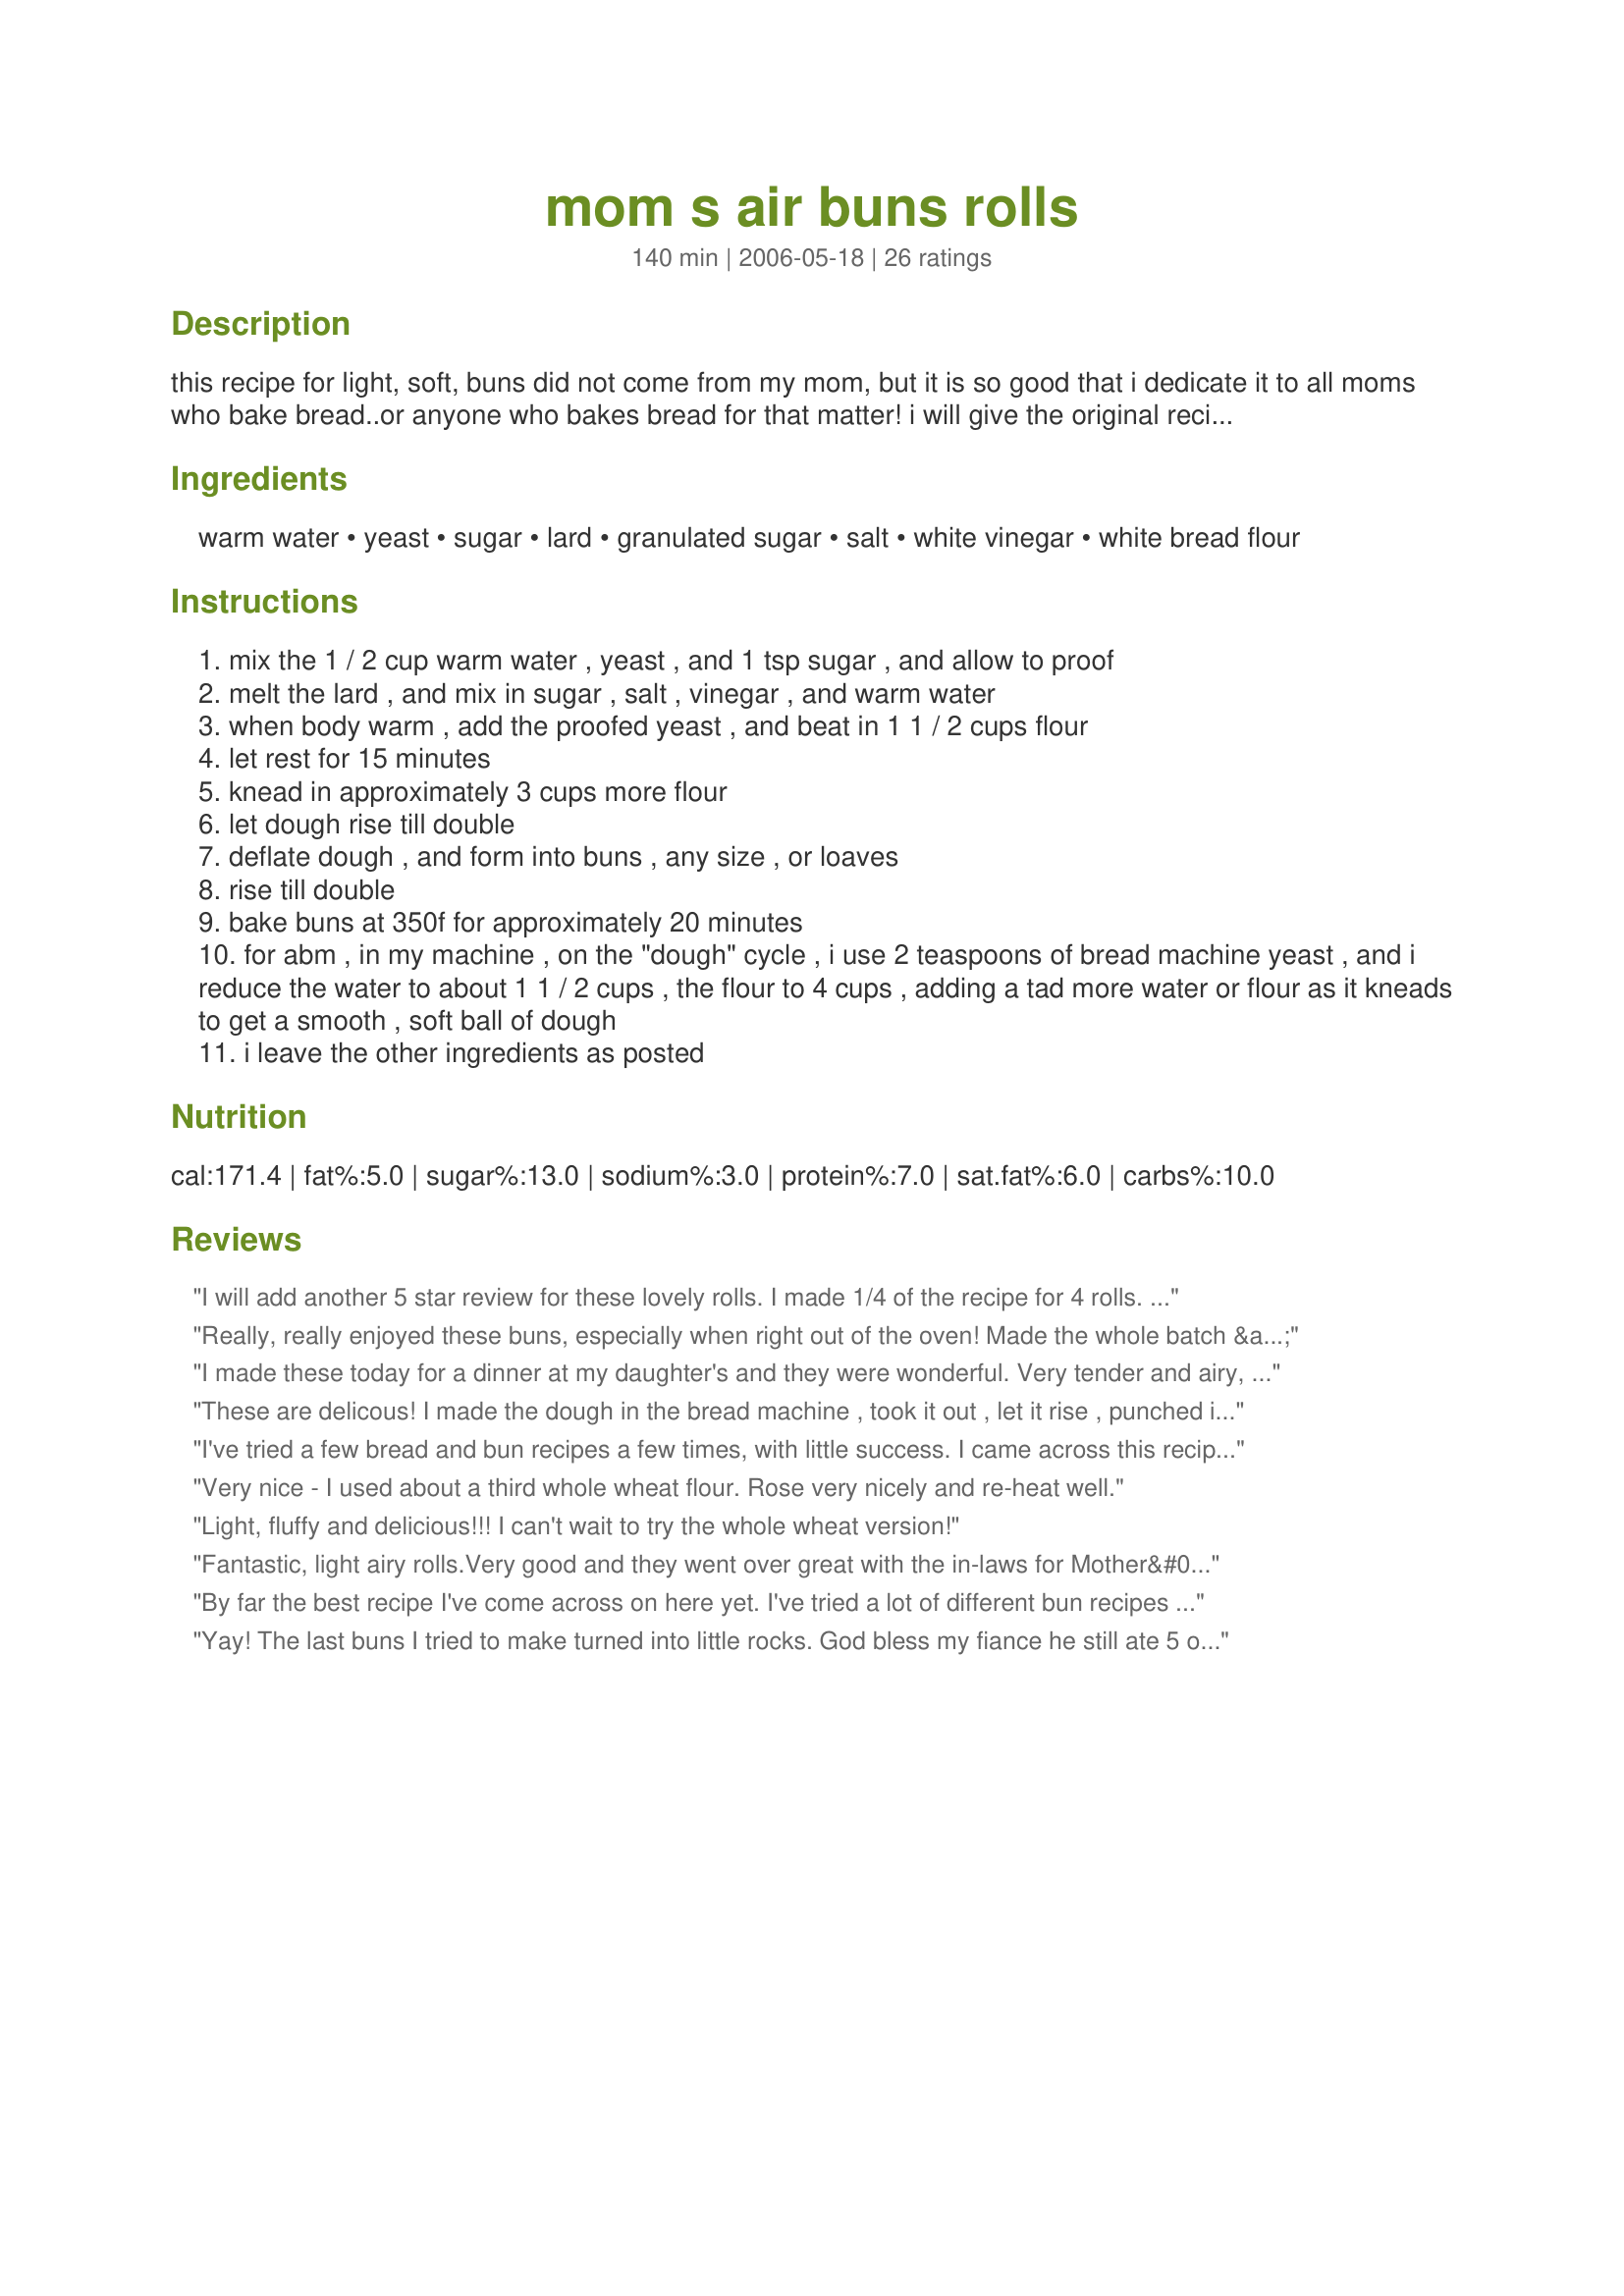
mom s air buns rolls
Preparation time: 140 minutes

this recipe for light, soft, buns did not come from my mom, but it is so good that i dedicate it to all moms who bake bread..or anyone who bakes bread for that matter! i will give the original recipe, but i admit that i now use the abm to knead the dough, and will give instructions for this variation at the end. preparation time is the length of time for the "dough" cycle on my bread machine. for anyone wishing to make 100% whole wheat buns,(a variation of this recipe, and equally delicious imho), i have submitted it as recipe #168802 with minor alterations.

more tweaking...i now like mom's 100% whole grain air buns, recipe #186744 even better for a healthier version.

Ingredients:
warm water, yeast, sugar, lard, granulated sugar, salt, white vinegar, white bread flour

Steps:
mix the 1 / 2 cup warm water , yeast , and 1 tsp sugar , and allow to proof
melt the lard , and mix in sugar , salt , vinegar , and warm water
when body warm , add the proofed yeast , and beat in 1 1 / 2 cups flour
let rest for 15 minutes
knead in approximately 3 cups more flour
let dough rise till double
deflate dough , and form into buns , any size , or loaves
rise till double
bake buns at 350f for approximately 20 minutes
for abm , in my machine , on the "dough" cycle , i use 2 teaspoons of bread machine yeast , and i reduce the water to about 1 1 / 2 cups , the flour to 4 cups , adding a tad more water or flour as it kneads to get a smooth , soft ball of dough
i leave the other ingredients as posted

Reviews:
I will add another 5 star review for these lovely rolls. I made 1/4 of the recipe for 4 rolls. Which turned out perfectly. I let them rise for the first 2 hours, which they needed that amount of time to rise and then shaped into balls and let rise for another hour. Produced 4 light and airy rolls. Thanks for sharing the recipe. Made for PRMR Tag Game.
Really, really enjoyed these buns, especially when right out of the oven! Made the whole batch & shared about 1/3 of 'em with a neighbor couple, & now I've been asked to make 'em again this next week! A great recipe! Thanks for sharing it! [Tagged & made in Please Review My Recipe]
I made these today for a dinner at my daughter's and they were wonderful. Very tender and airy, just as the name implies. I made them with my KitchenAid mixer, which turned it into no work at all. This will definitely be my go to dinner roll recipe from now on. I got 16 HUGE dinner rolls from this amount and may make them smaller from now on. I brushed with an egg glaze before baking and the 20 minute bake time was perfect. Thanks for such a lovely recipe, Sweet Baboo!
These are delicous!
I made the dough in the bread machine , took it out , let it rise , punched it down , formed my rolls (i need practice at THAT lol) let them rise and baked ... they are soooo soft and light ... very very good recipe!! I'm thinking these will be "THE" roll recipe I use from now on!
Thanks so much for posting!!
I've tried a few bread and bun recipes a few times, with little success. I came across this recipie; read the reviews and they were all so positive, i thought i would try it. They turned out absolutely perfect! I followed the recipie to a T except for baking for 25 minutes. My mom used to make awsome buns and bread and this is very close to her's. I will definetly make these over and over and strongly recommend this recipie.
Very nice - I used about a third whole wheat flour. Rose very nicely and re-heat well.
Light, fluffy and delicious!!! I can't wait to try the whole wheat version!
Fantastic, light airy rolls.Very good and they went over great with the in-laws for Mother&#039;s Day lunch! Turned to this recipe b/c trying to find one that didn&#039;t have an egg since I was out. These were great and I will make again. I did use 1/2 white whole wheat flour and use the bread maker to make the dough.
By far the best recipe I've come across on here yet. I've tried a lot of different bun recipes from many websites, and cook books, but.. bar none, these are the best. Light and fluffy and oh such beautiful aroma as they rise and puff up while baking. I will be doing these rolls for Christmas dinner. They are scrumptious, easy in a bread machine. They work out, they are not heavy hockey pucks like many buns are. I feel like Julia Child or Martha Stewart tonight after baking these lovely buns. You must try this recipe, you'll be sold on this one for sure.
Yay! The last buns I tried to make turned into little rocks. God bless my fiance he still ate 5 of them and swore they were delicious. This time he won't have to pretend. These buns turned out amazing. I like to let my yeast get super fluffy before I pour it into the mix. I don't even think I ended up using all the three cups of flour and once the dough seemed mixed enough I just rolled it into a ball and let it rise in a lightly greased bowl for almost 3 hours ( because I forgot took a nap) And made sure to cover it with a damp tea towel while it was rising. I got nervous about how sticky the dough was when I tried to make my buns but I greased my fingers a bit and roll 8 largish rolls. I let them rise in the pan for about and 1 hour and twenty minutes and threw then in the oven with my fingers crossed. 20 minutes later. *DING!* Delicious, Light fluffy, Amazing buns. Perfect for the pulled pork were having for dinner and darn tasty.
Great recipe, nice light fluffy buns.
I first proofed the yeast, then I poured the wet ingredients along with the yeast in the stand mixer bowl with 1 cup flour and added the rest of the flour gradually. I let it go for about 7 minutes using the dough hook, then followed the directions starting at number 4. 
Very happy with the end results.
I have baked buns for many years and tried many recipes and I think this is the best recipe I have ever tried!! Made my first batch yesterday and have another one rising right now. I will definitely be making them again and will double the recipe for a bigger batch:)
Made this today. This is a really airy and soft buns, I have to admit. But despite of that, why my dough was sooo gooey, so sticky. I even cannot knead it or shape it. I add 0.5c more but I will not adding more and more fluor as it will make the buns heavier. Maybe next time I will reduce water to 1c only. And I use lemon juice instead of vinegar. In my opinion, vinegar was too strong, so I can taste it in the buns. But still, I can taste really slight tang, by using the lemon. Overall, nice idea to use vinegar as a booster.
I used this recipe to make hamburger buns when the stores were closed around here, and the kids really wanted sloppy joes. The recipe was really easy to make, and they rose beautifully! Not sure I'd use them again for hamburger buns (they're a wee bit sweet for that), but I'd definitely make them again for dinner rolls... or cut back the sugar slightly if making hamburger buns. Thanks, Sweet Baboo, for another great Air Bread/Bun recipe!
I made the dough in my machine,which unfortunately is getting a bit hit and miss on a dough setting.My dough was exceedingly sticky (all the machines fault!!),and despite adding a fair amount of flour,I still found it quite difficult to work with.Consequently,I ended up just throwing lumps of dough onto baking trays,allowed it to rise for a while,then baked it off.
The results were lovely though...a soft,airy,slightly sweet roll that smelt just delicious.
Next time,I'll just make them by hand (either that or buy a new machine!!).
It just goes to show though,that even though it's not going as it's supposed to,the results can still be great!!
Thanks Sweet Baboo,for a lovely recipe,that I'll be doing again!!
I have FINALLY found my "keeper" bread recipe. These are to die for! Soft and light! Ditto Lynn53!
These are wonderful dinner rolls! Made as directed but used all whole wheat flour. This required an extra 1/2 cup. They are soft, airy, and flavorful. They have great texture, are simple to make, and they rise really well! Oh, and sooooo yummy too. Thanks for posting. :)
This recipe makes nice buns/rolls. I made small rolls and larger rolls. I put the extras into freezer bags and froze. When I need (want) rolls to go with pasta or soup...I just pop a few into the microwave. Yum.....I think I will also try the Whole Wheat version to see if they are also light and soft....and good.
Wow! This is a great bread recipe! They are so light and fluffy. This is going into my favorites cookbook! Thanks!
I made all the ingredients in my bread machine at dough. But I didn't change the amount of the ingredients cause I didn't read your last step about it. But it was still perfect. I was able to work the dough in 16 buns with just a little flour. I just reduced the sugar to 1/4 cup but a little bit less that 1/4. Thanks Sweet Baboo. Made for Please Review My Recipe
Hello Sweet Baboo;
I made these buns yesterday, 11/26/09.
Waited patiently for the buns to complete baking. Just had to try a hot, right out of the oven bun, along with lots of butter. I was absolutely delighted with the lightness and texture. Had one bun for breakfast with butter, peanut butter and honey, and a cup of coffee, Wowee, absolutely scrumptous.
I followed your recipe exactly. The first 2 hour rise was perfect. Divided the dough into 16 buns (2.9 ounces each), place them on a cookie sheet just touching each other, covered and let them rise for 1 hour, then baked for 25 minutes and they were a beautiful light golden brown.
Thank you for sharing this with us, will be making them often.
Regards,
"Uncle Bill"
I made this dough in my ABM, then shaped it,let it raise and baked. It's now my favorite homemade roll recipe.The rolls come out light,airy and very tasty. They also keep well, unlike many homemade rolls that get stale the next day. Thanks for a keeper recipe!










t'S
This recipe was made on 7/7/09 to go with mine and SO's dinner. I followed the directions for making in ABM, and they turned out just " WONDERFUL ". I know why they are called " Air Buns " because if you don't hurry up and grab them when they come out of the oven they'll just float away. :) This will be made again and again, and again. Thanks for posting and, " Keep Smiling :) "
Very tasty! They rose beautifully and made very soft and light buns. I'll definately be using this recipe again. Thanks!
My first time using yeast to make bread/rolls from scratch. I think I did pretty well, I used the ABM instructions and made hamburger rolls. I probably wouldn't use them for that purpose again, but would make some smaller dinner rolls out of it. Five stars because even tho I'm sure I messed up a little, they still turned out and tasted good lol. I liked that they were slightly sweet, thanks for posting!
I have to say this recipe is amazing. It takes alot of work to begin with, mixing alot of unusual ingredients. But its well worth the effort. I've tried it as buns and loaf using oven. All are so soft and lovely. Will be trying it in the bread machine next. Thanks for sharing this. I'm passing it onto everyone I know who makes bread.
